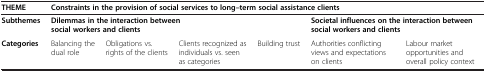
<table><thead><tr><td><b>THEME</b></td><td colspan="6"><b>Constraints in the provision of social services to long–term social assistance clients</b></td></tr></thead><tbody><tr><td><b>Subthemes</b></td><td colspan="4"><b>Dilemmas in the interaction between social workers and clients</b></td><td colspan="2"><b>Societal influences on the interaction between social workers and clients</b></td></tr><tr><td><b>Categories</b></td><td>Balancing the dual role</td><td>Obligations vs. rights of the clients</td><td>Clients recognized as individuals vs. seen as categories</td><td>Building trust</td><td>Authorities conflicting views and expectations on clients</td><td>Labour market opportunities and overall policy context</td></tr></tbody></table>